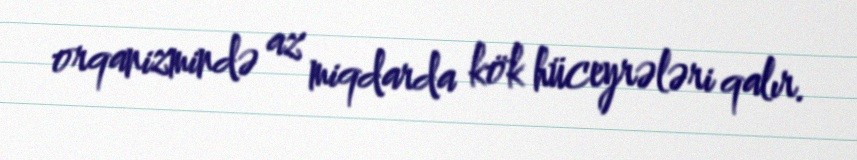
orqanizmində az miqdarda kök hüceyrələri qalır.